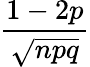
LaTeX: \frac{1-2p}{\sqrt{npq}}